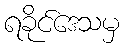
ရခိုင်ဒေသမှ